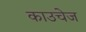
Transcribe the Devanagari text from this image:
काउचेज